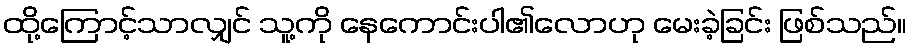
ထို့ကြောင့်သာလျှင် သူ့ကို နေကောင်းပါ၏လောဟု မေးခဲ့ခြင်း ဖြစ်သည်။